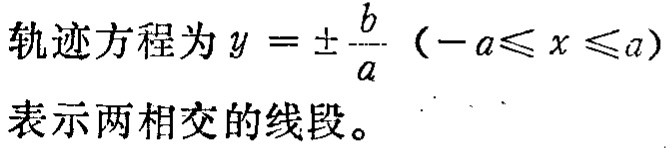
轨迹方程为 \(y = \pm\frac{b}{a}\)（\(-a\leqslant x\leqslant a\)）表示两相交的线段。